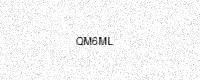
Text: QM6ML